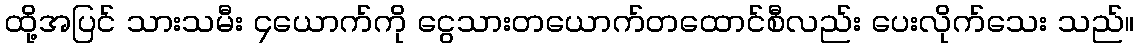
ထို့အပြင် သားသမီး ၄ယောက်ကို ငွေသားတယောက်တထောင်စီလည်း ပေးလိုက်သေး သည်။